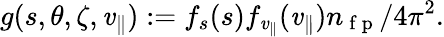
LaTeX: g(s,\theta,\zeta,\mathit{v}_{\parallel}):=f_{s}(s)f_{\mathit{v}_{\parallel}}(\mathit{v}_{\parallel})n_{\mathrm{{~f~p~}}}/4\pi^{2}.